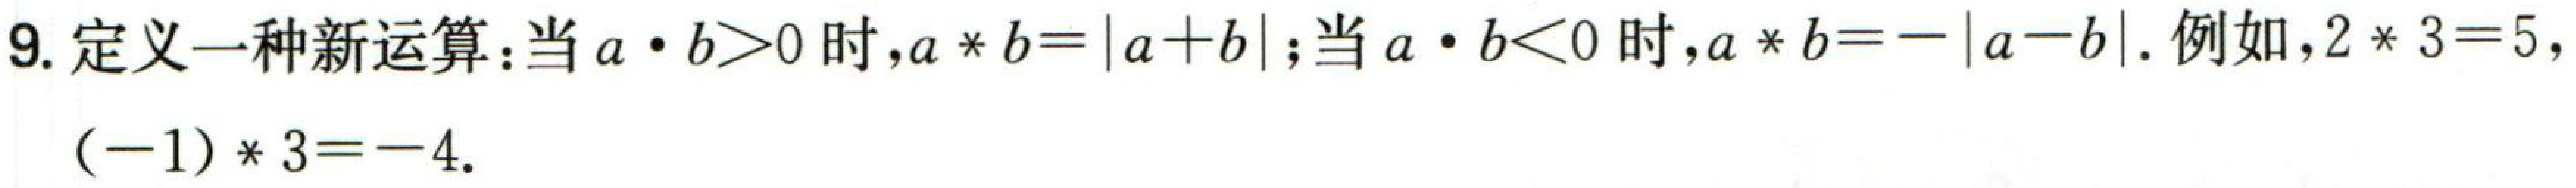
9. 定义一种新运算：当\(a\cdot b > 0\)时，\(a * b = |a + b|\)；当\(a\cdot b < 0\)时，\(a * b = -|a - b|\)。例如，\(2 * 3 = 5\)，\((-1)*3=-4\)。